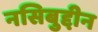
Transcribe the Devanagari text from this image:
नसिबुद्दीन